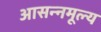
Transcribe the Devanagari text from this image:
आसन्नमूल्य